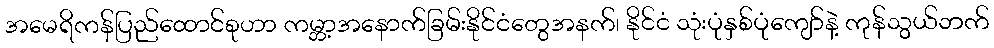
အမေရိကန်ပြည်ထောင်စုဟာ ကမ္ဘာ့အနောက်ခြမ်းနိုင်ငံတွေအနက်၊ နိုင်ငံ သုံးပုံနှစ်ပုံကျော်နဲ့ ကုန်သွယ်ဘက်